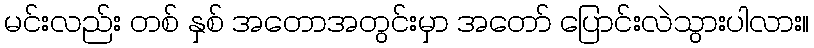
မင်းလည်း တစ် နှစ် အတောအတွင်းမှာ အတော် ပြောင်းလဲသွားပါလား။